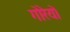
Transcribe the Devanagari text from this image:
गोरेयो